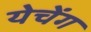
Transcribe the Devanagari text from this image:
येचेंग